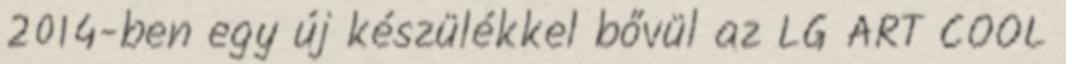
2014-ben egy új készülékkel bővül az LG ART COOL